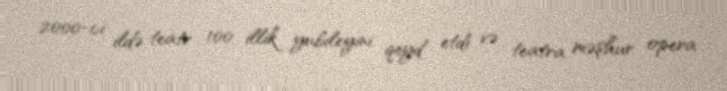
2000-ci ildə teatr 100 illik yubileyini qeyd etdi və teatra məşhur opera